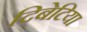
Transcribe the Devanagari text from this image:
दिबेटिया